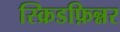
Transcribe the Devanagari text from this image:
स्क्रिडफ़िन्नर